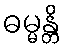
ဓမ္မန္တိ